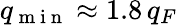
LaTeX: q_{\mathrm{~m~i~n~}}\approx 1.8\, q_{F}